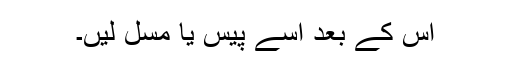
اس کے بعد اسے پیس یا مسل لیں۔